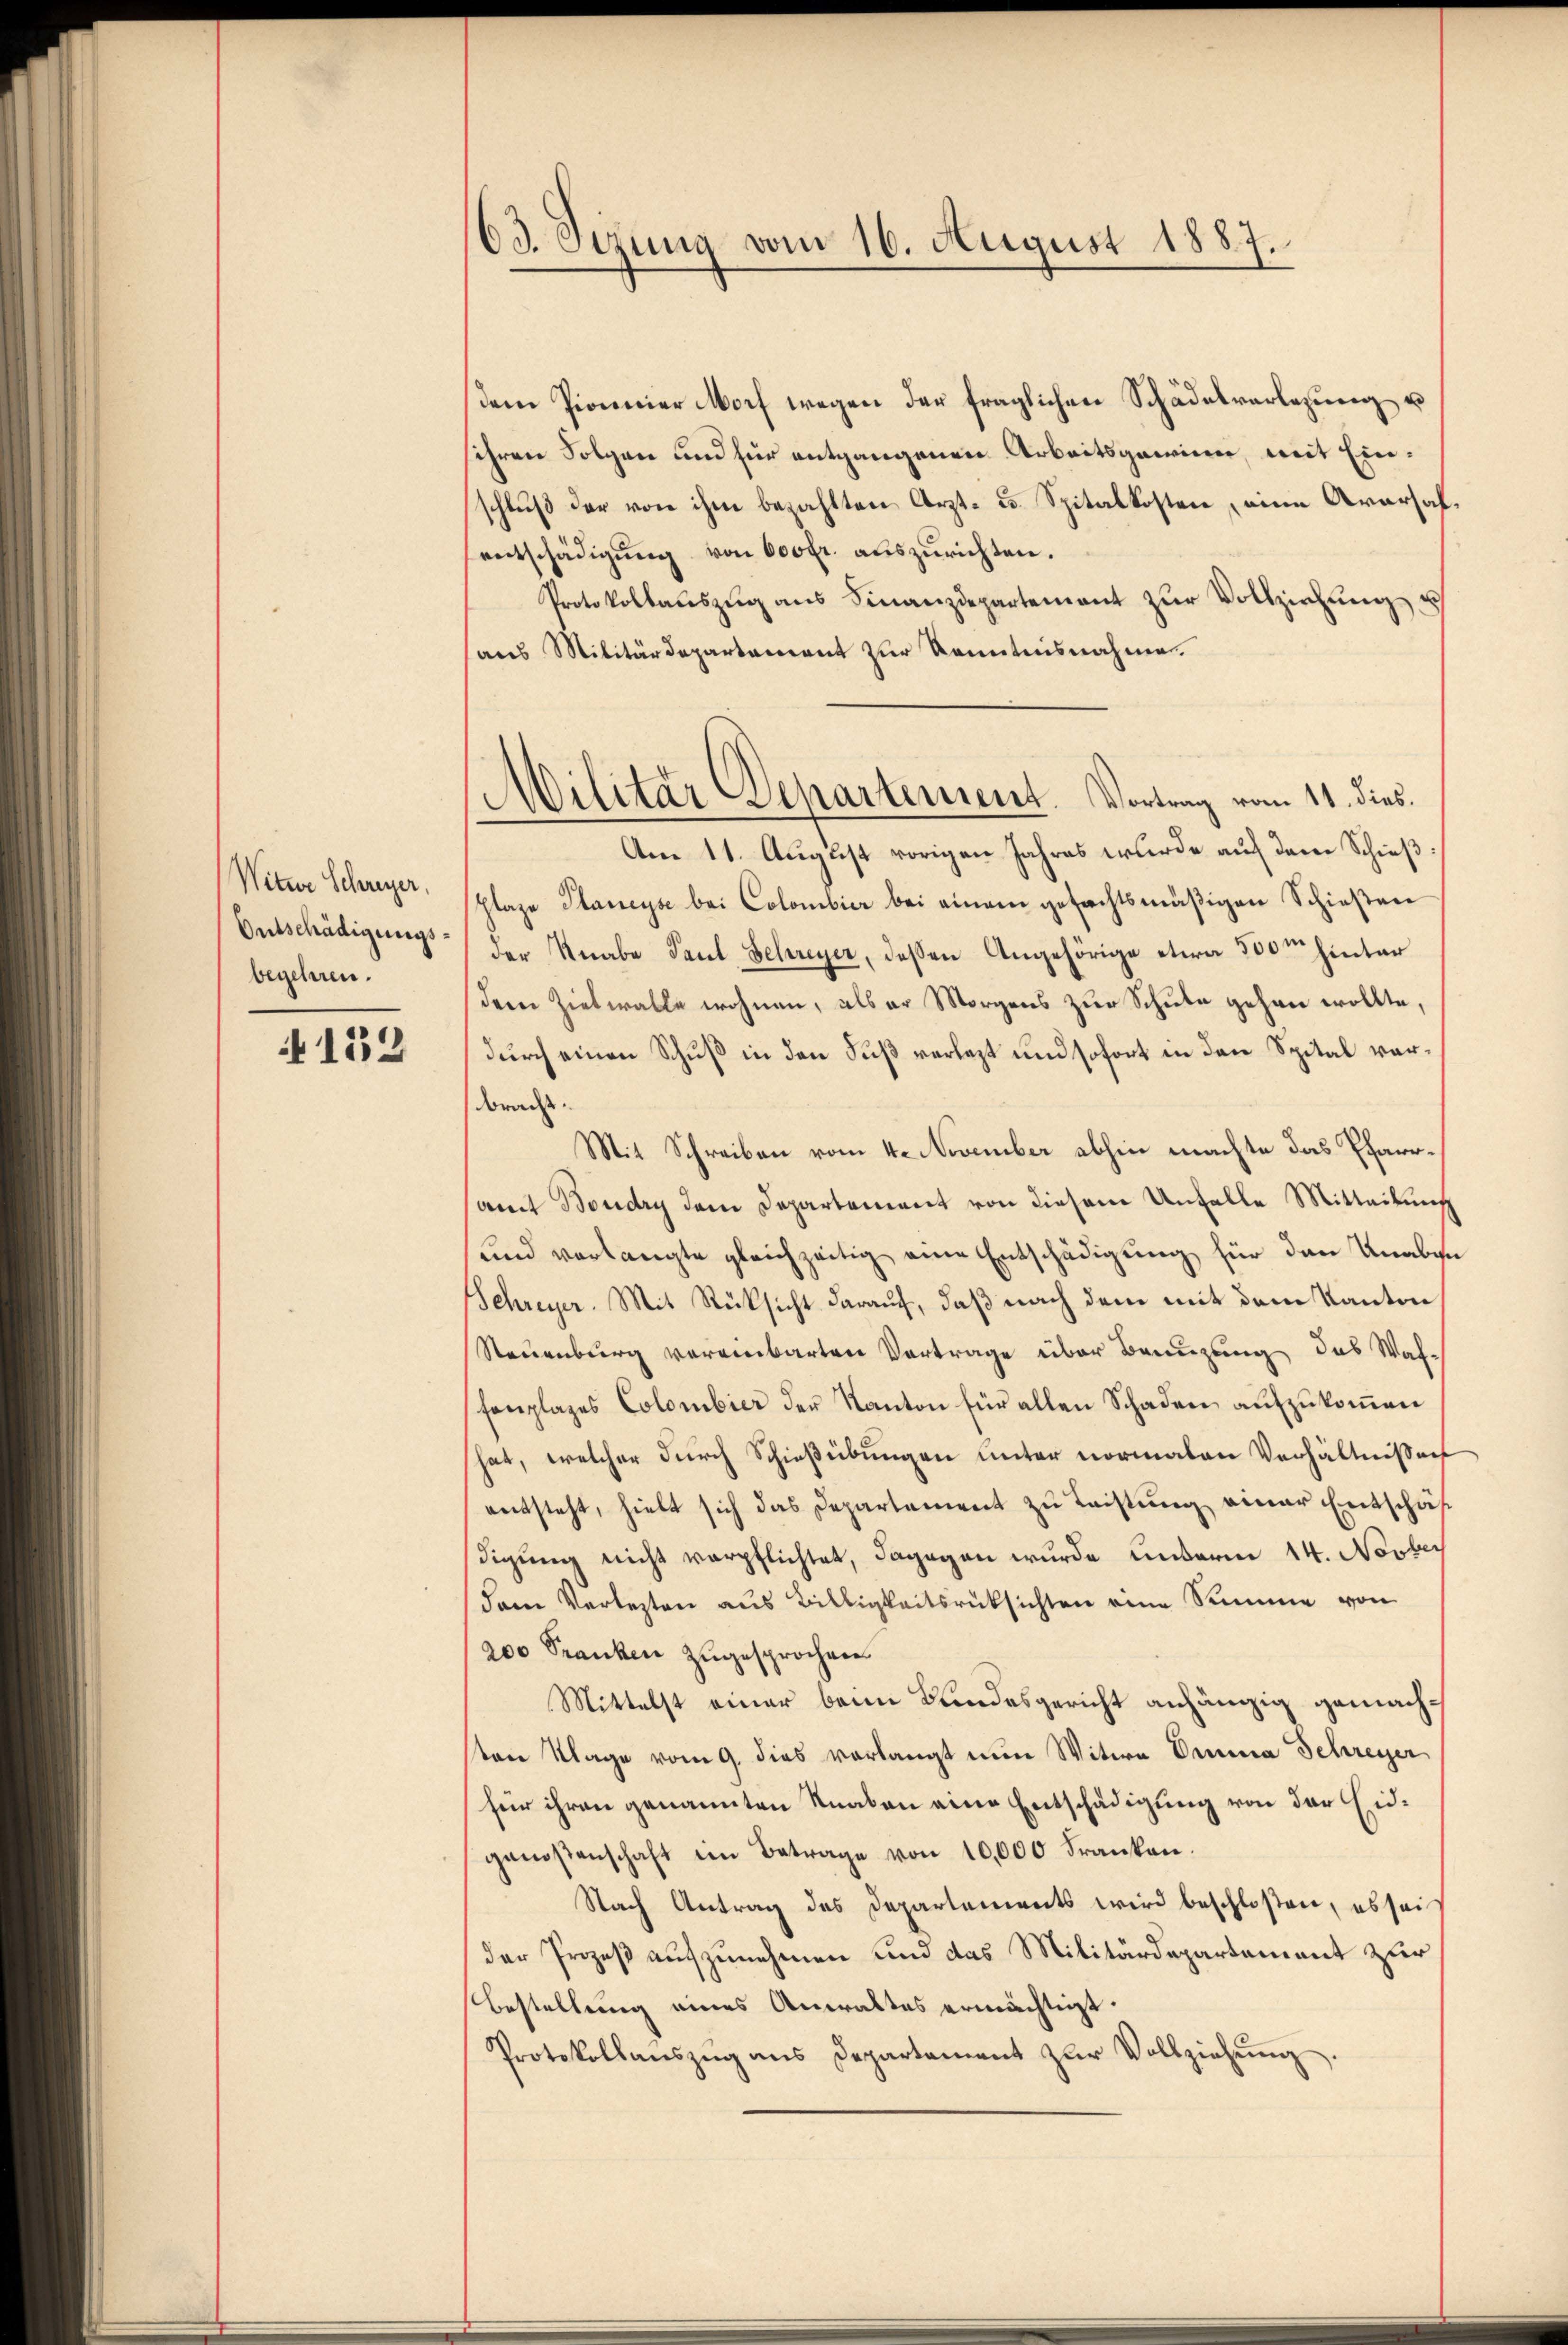
Witwe Schreyer,
Entschädigungsbegehren.

152

63. Sizung vom 16. August 1887.

dem Pionier Morf wegen der fraglichen Schädelverlegung u
sihren Folgen und für entgangenen Arbeitsgewinne, mit Einschluß der von ihm bezahlten Arzt- u. Spitalkosten, eine Aversah
entschädigung von 600fr. auszurichten.
Protokollauszug aus Finanzdepartement zur Vollziehung u
aus Militärdepartement zur Kenntnisnahme.
Am 11. August vorigen Jahres wurde auf dem Schieß:
Plaze Planeyse bei Colombier bei einem gefachtsmäßigen Schießen
der Knabe Paul, Schreyer, deßen Angehörige etwa 300m hinter
dem Zielwalle wohnen, als er Morgens zur Schule gehen wollte,
durch einen Schuß in den Fuß verlegt und sofort in den Spital vorbracht.
Mit Schreiben vom 4. November abhin machte das Pfarrsamt Boudry dem Departement von diesem Unfalle Mitteilung
und verlangte gleichzeitig eine Entschädigung für den Knabe
Schreyer. Mit Rücksicht darauf, daß nach dem mit dem Kanton
Neuenburg vereinbarten Vortrage über Bannzung das Waf-
fenplages Colombier der Kanton für allen Schaden aufzukommen
hat, welcher durch Schießübungen unter normalen Verhältnissen
entsteht, hielt sich das Departement zu Leistung einer Entschäf
digŭng nicht verpflichtet, dagegen wurde unterm 14. Novber
dem Verletzten aus Billigkeitsrücksichten eine Summe von
200 Franken zugesprochen
Mittelst einer beim Bundesgericht anhängig gemachserne Klage vom 9. dies vorlangt nun Witwe Oma Schreyer
für ihren genannten Knaben eine Entschädigung von der Eidgenoßenschaft im Betrage von 10,000 Franken.
Nach Antrag des Departements wird beschloßen, es sei
der Prozeß aufzunehmen und das Militärdepartement zur
Bestellung eines Anwaltes ermächtigt.
Protokollaŭszŭg ans Departement zŭr Vollziehŭng.

Militär Departement. Vortrag vom 11. dies.